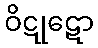
ဝိဋုဋော